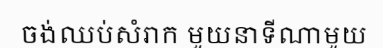
ចង់ឈប់សំរាក មួយនាទីណាមួយ